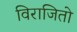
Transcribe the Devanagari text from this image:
विराजितो